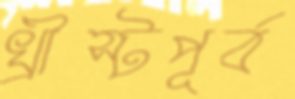
খ্রীস্টপূর্ব